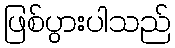
ဖြစ်ပွားပါသည်